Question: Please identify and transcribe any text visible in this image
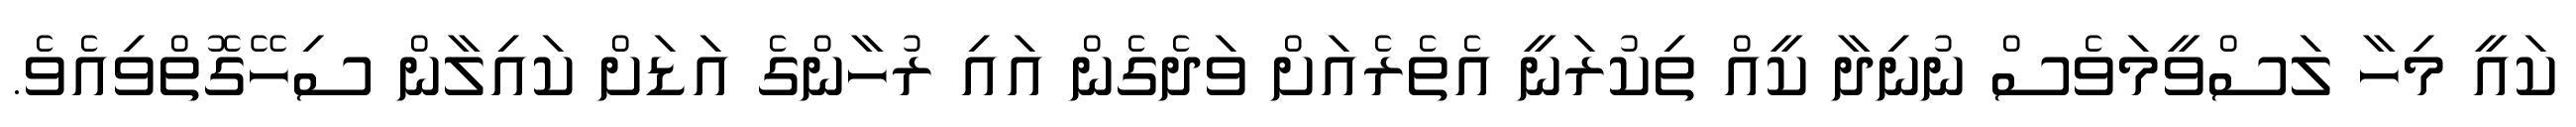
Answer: ކައީ މިހާ ލަސްވީމަވެސް ނުނިދާ ކީއް ތިކުރަނީ އެތެރެއަށް ވަދެގެން އައި ރުހާންގެ އަޑަށް ކައިލާން ސިހޭގޮތްވިއެވެ.